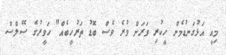
މިއީ އަޅުގަނޑުމެން ހީކުރި ވަރަށް ވުރެ ވެސް ބޮޑު ތަރުހީބެއް" ހަވީރުގެ ސޭލްސް